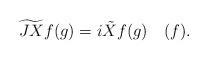
LaTeX: \begin{align*}\widetilde{JX}f(g)=i\tilde{X}f(g)\quad(f).\end{align*}